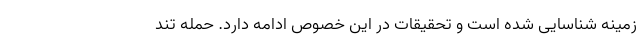
زمینه شناسایی شده‌ است و تحقیقات در این خصوص ادامه دارد. حمله تند